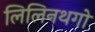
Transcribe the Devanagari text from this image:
लिलिनथगो